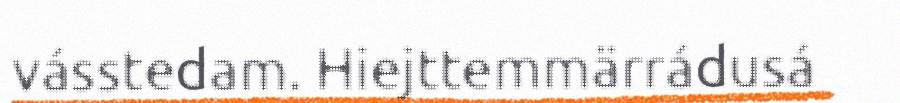
vásstedam. Hiejttemmärrádusá